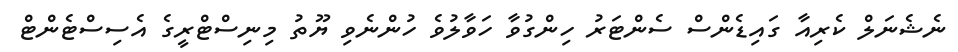
ނެޝެނަލް ކެރިއާ ގައިޑެންސް ސެންޓަރު ހިންގުވާ ހަވާލުވެ ހުންނެވި ޔޫތު މިނިސްޓްރީގެ އެސިސްޓެންޓް